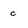
Character: c